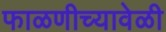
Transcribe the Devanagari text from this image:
फाळणीच्यावेळी